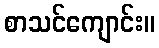
စာသင်ကျောင်း။